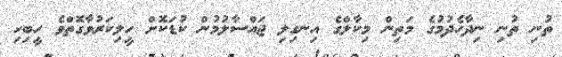
ތުނި ތުނި ނިދާހެދުމުގެ މަތިން މިކާލްގެ އިނގިލި ޖައްސާލުމުން ކުޑަކޮށް ހީލިކަރުވާގޮތްވެ ހީބިހި